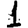
Digit: 1